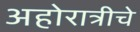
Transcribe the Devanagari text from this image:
अहोरात्रीचे